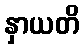
နှာယတိ